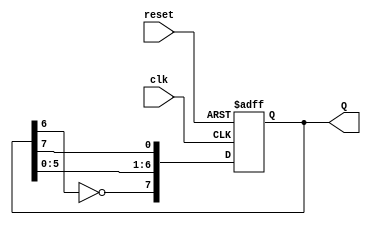
module johnson_counter (
    input wire clk,         // Clock input
    input wire reset,       // Asynchronous reset input
    output reg [7:0] Q      // 8-bit output representing the current state
);

    // Always block triggered on the rising edge of the clock or the reset signal
    always @(posedge clk or posedge reset) begin
        if (reset) begin
            Q <= 8'b00000000; // Reset the counter to 0
        end else begin
            // Johnson counter logic
            Q[7] <= ~Q[6];     // Invert Q6 and assign to Q7
            Q[6:1] <= Q[5:0];  // Shift the bits to the right
            Q[0] <= Q[7];      // Assign Q7 to Q0
        end
    end

endmodule